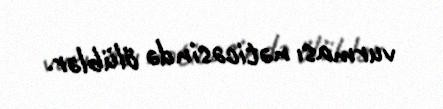
vurması nəticəsində ölüblər.